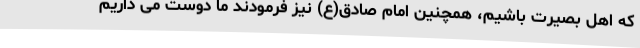
که اهل بصیرت باشیم، همچنین امام صادق(ع) نیز فرمودند ما دوست می داریم